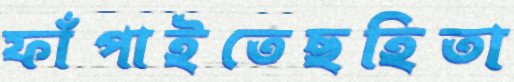
ফাঁপাইতেছহিতা